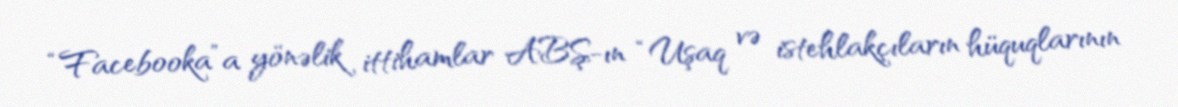
“Facebooka”a yönəlik ittihamlar ABŞ-ın “Uşaq və istehlakçıların hüquqlarının